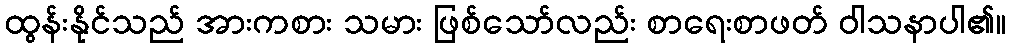
ထွန်းနိုင်သည် အားကစား သမား ဖြစ်သော်လည်း စာရေးစာဖတ် ဝါသနာပါ၏။